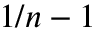
1 / n - 1